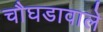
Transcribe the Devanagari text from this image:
चौघडावाले